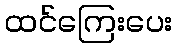
ထင်ကြေးပေး